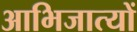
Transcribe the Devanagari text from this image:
आभिजात्यों